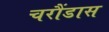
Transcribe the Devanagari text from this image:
चरौंडास